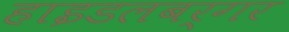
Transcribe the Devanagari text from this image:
हाइडलबर्गर